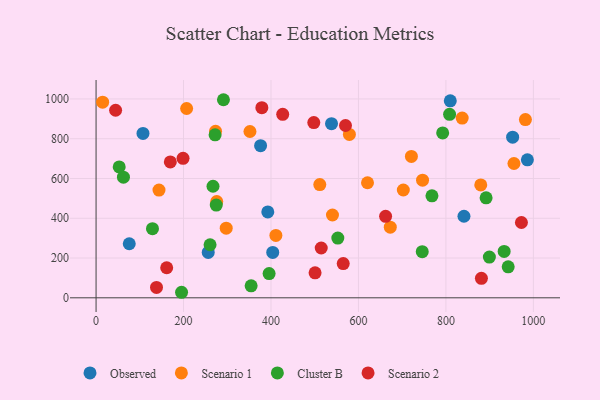
{"axis": {"x": "Price", "y": "Sales"}, "legend": ["Cluster B", "Observed", "Scenario 1", "Scenario 2"], "data": [{"x": "75.9", "y": 271.7, "type": "Observed"}, {"x": "952.6", "y": 807.9, "type": "Observed"}, {"x": "986.3", "y": 694.0, "type": "Observed"}, {"x": "107.3", "y": 826.7, "type": "Observed"}, {"x": "538.4", "y": 875.5, "type": "Observed"}, {"x": "404.0", "y": 228.2, "type": "Observed"}, {"x": "841.3", "y": 410.1, "type": "Observed"}, {"x": "376.2", "y": 764.8, "type": "Observed"}, {"x": "392.7", "y": 432.1, "type": "Observed"}, {"x": "256.5", "y": 228.3, "type": "Observed"}, {"x": "810.0", "y": 990.5, "type": "Observed"}, {"x": "981.8", "y": 896.2, "type": "Scenario 1"}, {"x": "579.3", "y": 821.7, "type": "Scenario 1"}, {"x": "207.1", "y": 952.0, "type": "Scenario 1"}, {"x": "955.6", "y": 675.3, "type": "Scenario 1"}, {"x": "620.7", "y": 578.7, "type": "Scenario 1"}, {"x": "351.9", "y": 836.3, "type": "Scenario 1"}, {"x": "721.1", "y": 710.9, "type": "Scenario 1"}, {"x": "411.2", "y": 313.9, "type": "Scenario 1"}, {"x": "143.9", "y": 541.5, "type": "Scenario 1"}, {"x": "275.9", "y": 483.8, "type": "Scenario 1"}, {"x": "837.2", "y": 903.7, "type": "Scenario 1"}, {"x": "879.7", "y": 567.4, "type": "Scenario 1"}, {"x": "540.6", "y": 416.3, "type": "Scenario 1"}, {"x": "15.0", "y": 983.7, "type": "Scenario 1"}, {"x": "297.6", "y": 350.0, "type": "Scenario 1"}, {"x": "702.6", "y": 542.0, "type": "Scenario 1"}, {"x": "746.6", "y": 591.7, "type": "Scenario 1"}, {"x": "273.2", "y": 837.6, "type": "Scenario 1"}, {"x": "672.8", "y": 355.2, "type": "Scenario 1"}, {"x": "511.6", "y": 569.5, "type": "Scenario 1"}, {"x": "272.2", "y": 819.8, "type": "Cluster B"}, {"x": "195.5", "y": 27.8, "type": "Cluster B"}, {"x": "291.3", "y": 996.1, "type": "Cluster B"}, {"x": "129.0", "y": 347.6, "type": "Cluster B"}, {"x": "899.4", "y": 205.0, "type": "Cluster B"}, {"x": "52.9", "y": 658.0, "type": "Cluster B"}, {"x": "942.4", "y": 155.8, "type": "Cluster B"}, {"x": "933.2", "y": 233.2, "type": "Cluster B"}, {"x": "260.7", "y": 266.9, "type": "Cluster B"}, {"x": "808.4", "y": 922.8, "type": "Cluster B"}, {"x": "891.9", "y": 502.7, "type": "Cluster B"}, {"x": "395.7", "y": 121.9, "type": "Cluster B"}, {"x": "267.4", "y": 561.1, "type": "Cluster B"}, {"x": "552.8", "y": 300.5, "type": "Cluster B"}, {"x": "792.6", "y": 829.0, "type": "Cluster B"}, {"x": "274.9", "y": 466.5, "type": "Cluster B"}, {"x": "745.9", "y": 231.9, "type": "Cluster B"}, {"x": "62.6", "y": 606.7, "type": "Cluster B"}, {"x": "354.6", "y": 60.1, "type": "Cluster B"}, {"x": "768.1", "y": 513.0, "type": "Cluster B"}, {"x": "138.2", "y": 52.1, "type": "Scenario 2"}, {"x": "379.1", "y": 955.9, "type": "Scenario 2"}, {"x": "198.9", "y": 701.6, "type": "Scenario 2"}, {"x": "169.8", "y": 683.4, "type": "Scenario 2"}, {"x": "514.9", "y": 250.4, "type": "Scenario 2"}, {"x": "565.2", "y": 172.3, "type": "Scenario 2"}, {"x": "500.8", "y": 125.5, "type": "Scenario 2"}, {"x": "497.9", "y": 881.0, "type": "Scenario 2"}, {"x": "570.4", "y": 866.5, "type": "Scenario 2"}, {"x": "972.7", "y": 378.6, "type": "Scenario 2"}, {"x": "426.8", "y": 922.7, "type": "Scenario 2"}, {"x": "662.1", "y": 409.9, "type": "Scenario 2"}, {"x": "161.5", "y": 151.2, "type": "Scenario 2"}, {"x": "44.7", "y": 943.1, "type": "Scenario 2"}, {"x": "881.2", "y": 97.9, "type": "Scenario 2"}]}